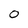
Character: 0